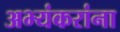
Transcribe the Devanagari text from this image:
अभ्यंकरांना